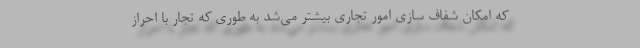
که امکان شفاف سازی امور تجاری بیشتر می‌شد به طوری که تجار با احراز